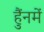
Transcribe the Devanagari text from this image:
हैंुनमें